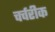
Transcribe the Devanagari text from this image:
चर्चरीक